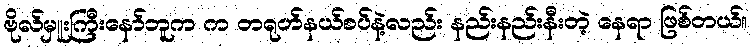
ဗိုလ်မှူးကြီးနော်ဘူက က တရုတ်နယ်စပ်နဲ့လည်း နည်းနည်းနီးတဲ့ နေရာ ဖြစ်တယ်။